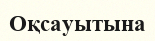
Оқсауытына